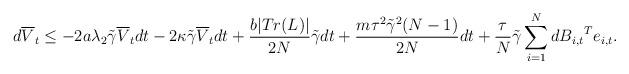
LaTeX: \begin{align*} d\overline{V}_t \le -2{a}\lambda_2\tilde{\gamma}\overline{V}_tdt-2\kappa \tilde{\gamma}\overline{V}_t dt+\frac{b | Tr(L) |}{2N}\tilde{\gamma}dt+\frac{m\tau^2\tilde{\gamma}^2 (N-1)}{2N}dt+\frac{\tau}{N}\tilde{\gamma} \sum_{i=1}^N {dB_{i,t}}^T e_{i,t}.\end{align*}